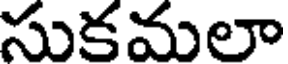
సుకమలా